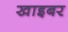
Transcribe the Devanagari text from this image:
खाइबर